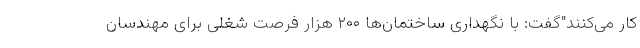
کار می‌کنند"گفت: با نگهداری ساختمان‌ها ۲۰۰ هزار فرصت شغلی برای مهندسان